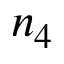
n _ { 4 }